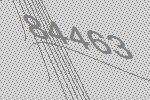
84463